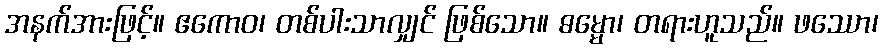
အနက်အားဖြင့်။ ဧကောဝ၊ တစ်ပါးသာလျှင် ဖြစ်သော။ ဓမ္မော၊ တရားဟူသည်။ ဖဿော၊